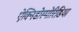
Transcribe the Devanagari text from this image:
ऐक्निडोस्पोरिडिया